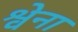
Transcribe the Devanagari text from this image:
श्वेना